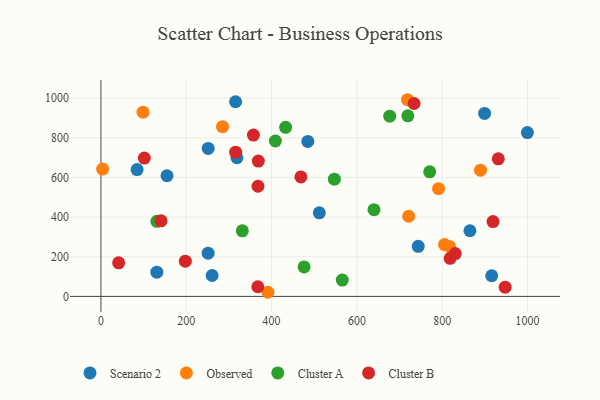
{"axis": {"x": "Ad Spend", "y": "Salary"}, "legend": ["Cluster A", "Cluster B", "Observed", "Scenario 2"], "data": [{"x": "511.9", "y": 421.6, "type": "Scenario 2"}, {"x": "318.8", "y": 699.2, "type": "Scenario 2"}, {"x": "864.9", "y": 331.0, "type": "Scenario 2"}, {"x": "743.7", "y": 252.4, "type": "Scenario 2"}, {"x": "131.0", "y": 122.4, "type": "Scenario 2"}, {"x": "999.6", "y": 826.2, "type": "Scenario 2"}, {"x": "315.6", "y": 981.6, "type": "Scenario 2"}, {"x": "484.9", "y": 781.8, "type": "Scenario 2"}, {"x": "260.6", "y": 105.3, "type": "Scenario 2"}, {"x": "916.0", "y": 104.1, "type": "Scenario 2"}, {"x": "251.4", "y": 746.2, "type": "Scenario 2"}, {"x": "84.7", "y": 639.7, "type": "Scenario 2"}, {"x": "899.3", "y": 922.8, "type": "Scenario 2"}, {"x": "154.8", "y": 608.6, "type": "Scenario 2"}, {"x": "251.2", "y": 218.1, "type": "Scenario 2"}, {"x": "805.3", "y": 261.6, "type": "Observed"}, {"x": "98.6", "y": 929.2, "type": "Observed"}, {"x": "889.7", "y": 636.8, "type": "Observed"}, {"x": "285.0", "y": 855.9, "type": "Observed"}, {"x": "817.1", "y": 252.1, "type": "Observed"}, {"x": "721.4", "y": 404.2, "type": "Observed"}, {"x": "718.6", "y": 991.9, "type": "Observed"}, {"x": "391.5", "y": 20.8, "type": "Observed"}, {"x": "791.3", "y": 543.5, "type": "Observed"}, {"x": "3.9", "y": 642.2, "type": "Observed"}, {"x": "719.4", "y": 910.6, "type": "Cluster A"}, {"x": "547.2", "y": 591.2, "type": "Cluster A"}, {"x": "770.6", "y": 628.2, "type": "Cluster A"}, {"x": "676.9", "y": 908.8, "type": "Cluster A"}, {"x": "432.9", "y": 852.8, "type": "Cluster A"}, {"x": "408.9", "y": 783.7, "type": "Cluster A"}, {"x": "131.1", "y": 378.8, "type": "Cluster A"}, {"x": "565.7", "y": 82.3, "type": "Cluster A"}, {"x": "331.4", "y": 330.5, "type": "Cluster A"}, {"x": "476.2", "y": 148.9, "type": "Cluster A"}, {"x": "640.0", "y": 437.2, "type": "Cluster A"}, {"x": "830.5", "y": 215.9, "type": "Cluster B"}, {"x": "931.4", "y": 694.0, "type": "Cluster B"}, {"x": "947.5", "y": 46.6, "type": "Cluster B"}, {"x": "197.8", "y": 177.7, "type": "Cluster B"}, {"x": "140.8", "y": 380.9, "type": "Cluster B"}, {"x": "367.7", "y": 48.6, "type": "Cluster B"}, {"x": "468.7", "y": 602.5, "type": "Cluster B"}, {"x": "315.7", "y": 727.5, "type": "Cluster B"}, {"x": "734.0", "y": 972.8, "type": "Cluster B"}, {"x": "818.5", "y": 192.1, "type": "Cluster B"}, {"x": "101.6", "y": 697.7, "type": "Cluster B"}, {"x": "368.9", "y": 682.3, "type": "Cluster B"}, {"x": "41.5", "y": 169.5, "type": "Cluster B"}, {"x": "368.1", "y": 555.4, "type": "Cluster B"}, {"x": "919.1", "y": 377.6, "type": "Cluster B"}, {"x": "357.4", "y": 813.4, "type": "Cluster B"}]}